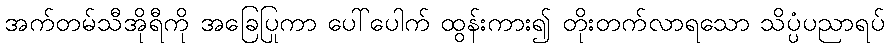
အက်တမ်သီအိုရီကို အခြေပြုကာ ပေါ်ပေါက် ထွန်းကား၍ တိုးတက်လာရသော သိပ္ပံပညာရပ်